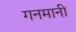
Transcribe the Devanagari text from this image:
गनमानी